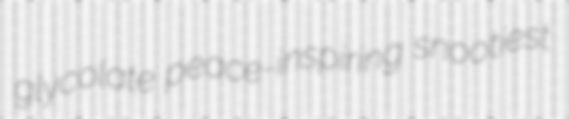
glycolate peace-inspiring snootiest